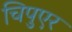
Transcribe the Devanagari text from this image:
चिपुएर